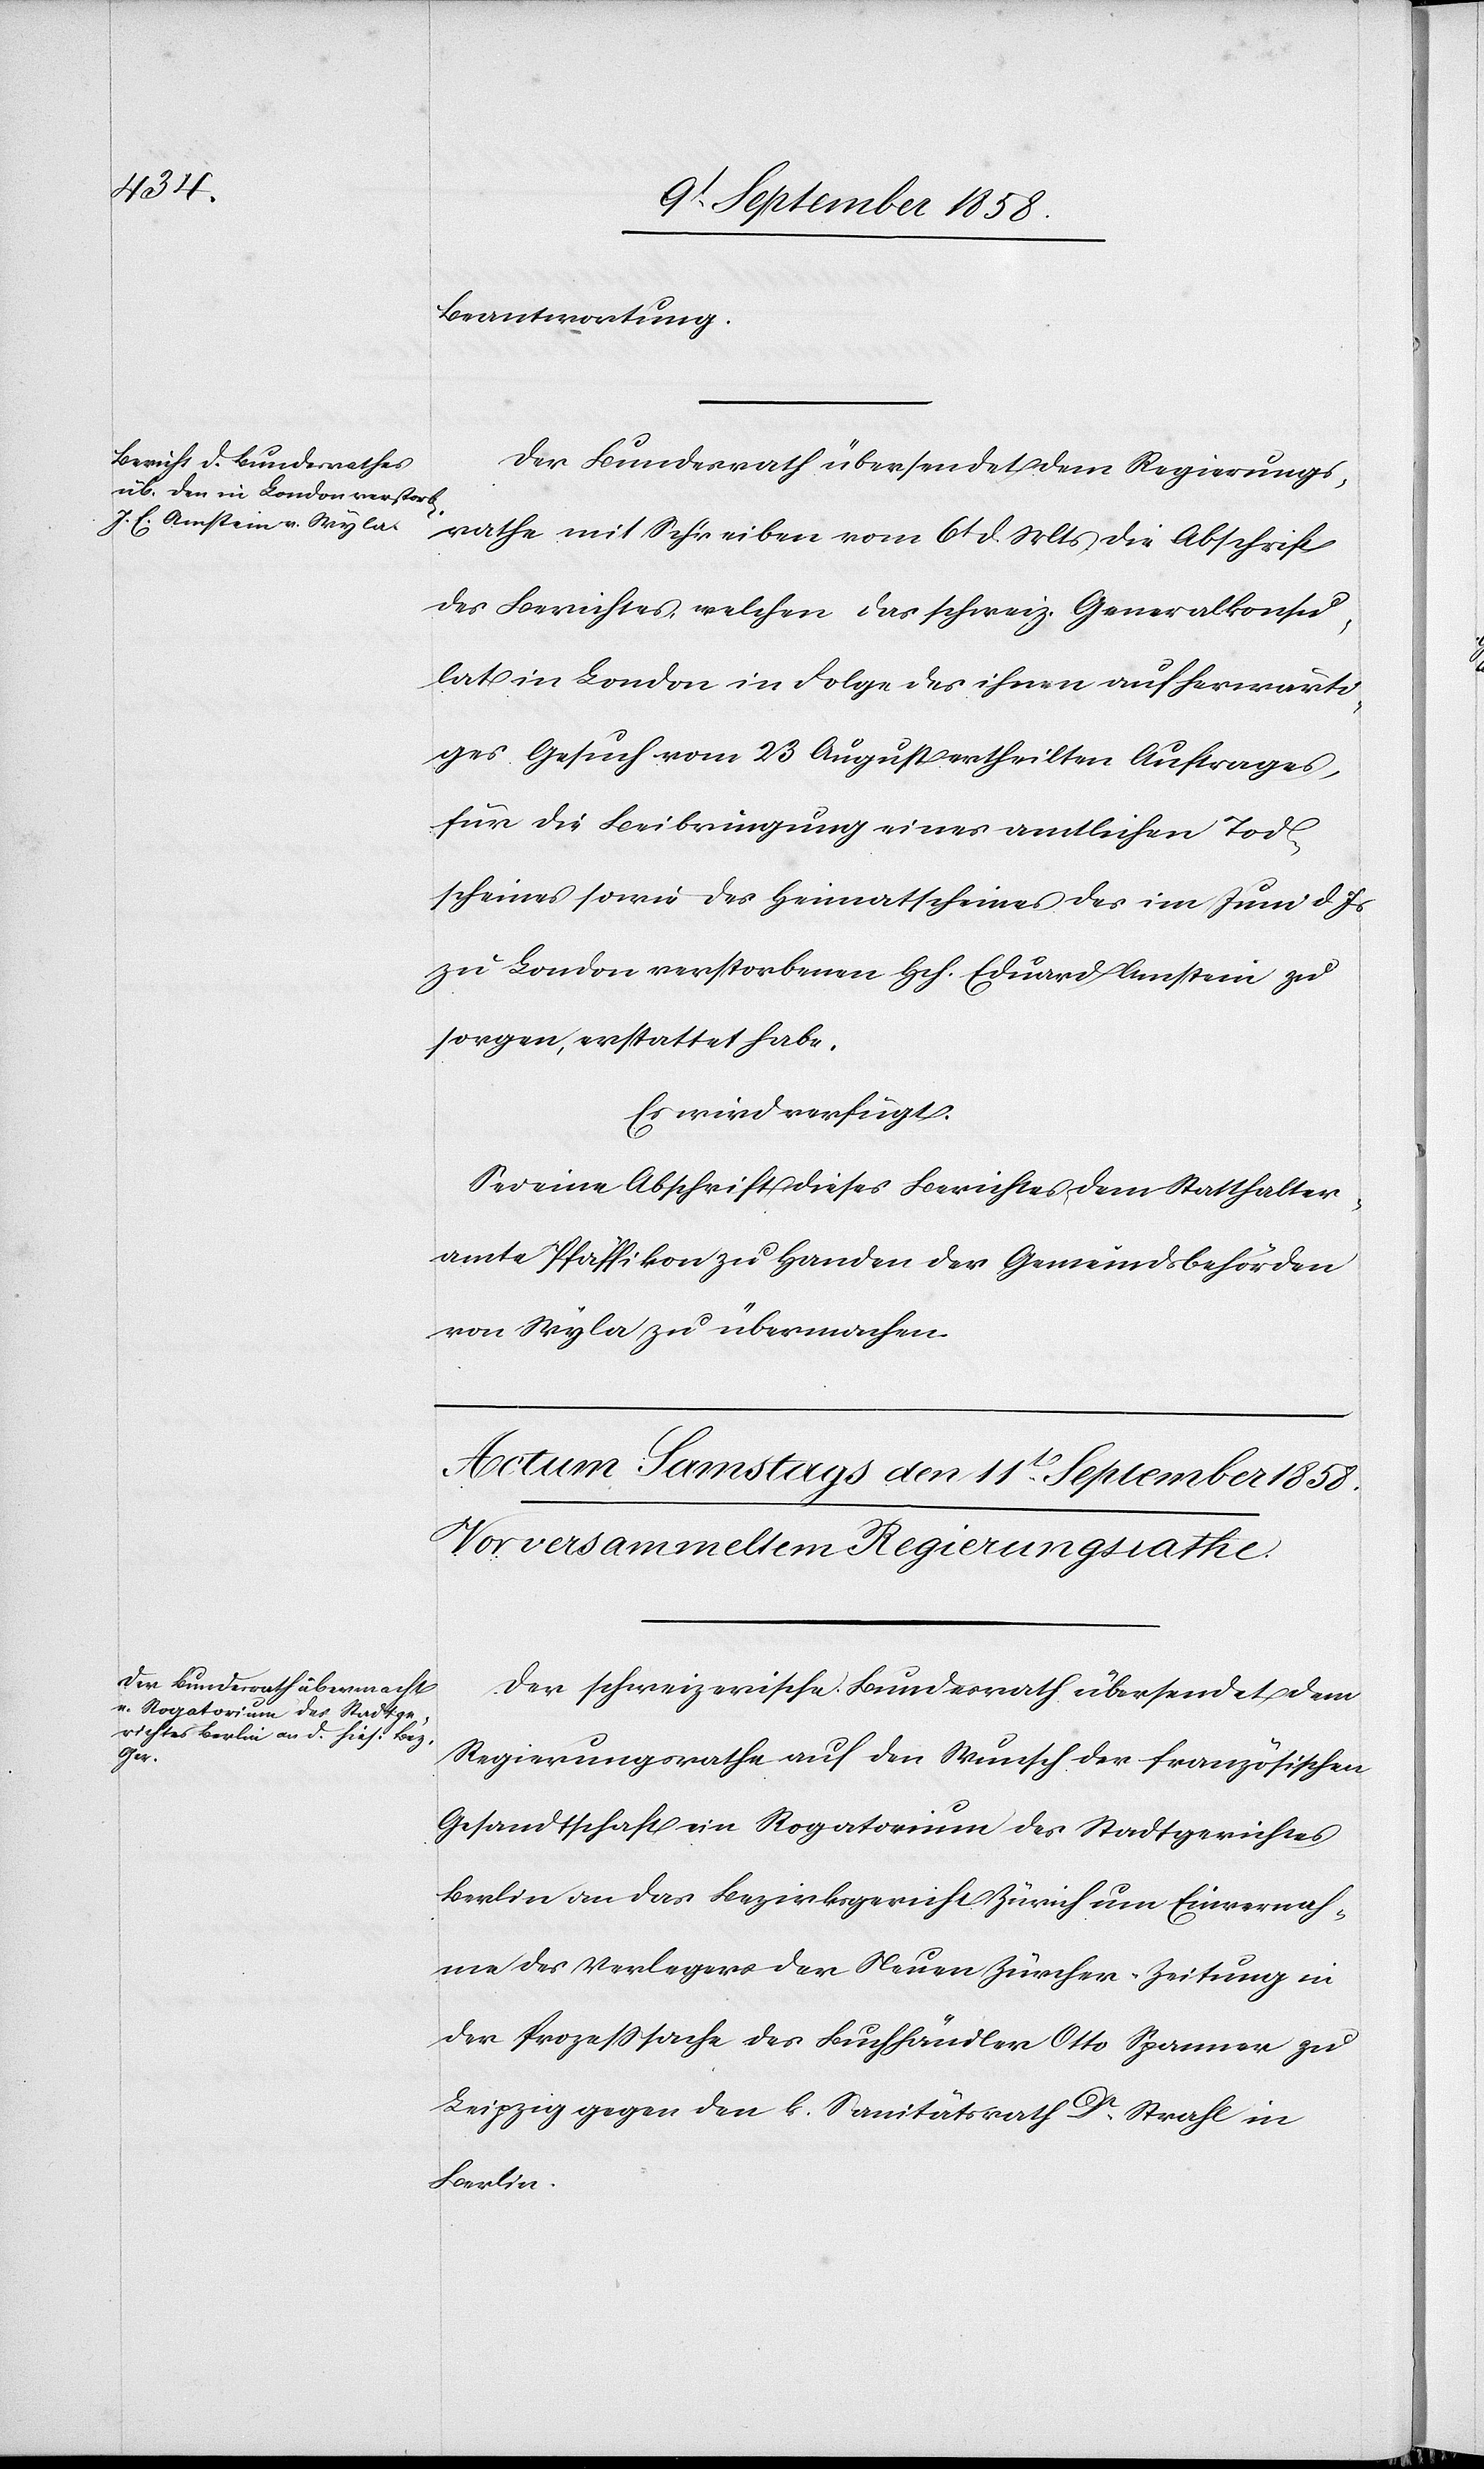
den

10t September 1858.]
Beantwortung.
Der Bundesrath übersendet dem Regierungs¬
rathe mit Schreiben vom 6t d. Mts die Abschrift
des Berichtes, welchen das schweiz. Generalkonsu¬
lat in London in Folge des ihnen auf herwärti¬
ges Gesuch vom 23 August ertheilten Auftrages,
für die Beibringung eines amtlichen Tod¬
scheines sowie des Heimatscheines des im Juni d. Js
zu London verstorbenen Hch. [sic!] Eduard Amstein zu
sorgen, erstattet habe.
Es wird verfügt:
Sei eine Abschrift dieses Berichtes dem Statthalter¬
amte Pfäffikon zu Handen der Gemeindsbehörden
von Wyla zu übermachen.
Der schweizerische Bundesrath übersendet dem
Regierungsrathe auf den Wunsch der französischen
Gesandtschaft ein Rogatorium des Stadtgerichtes
Berlin an das Bezirksgericht Zürich um Einvernah¬
me des Verlegers der Neuen Zürcher-Zeitung in
der Prozesssache des Buchhändler Otto Spanner zu
Leipzig gegen den k. Sanitätsrath Dr. Strahl in
Berlin.